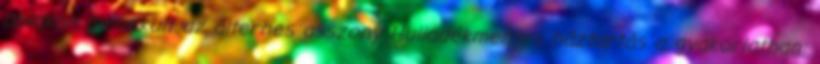
ablakon menekült az álterhes asszony Hulladékmentes háztartás a gyakorlatban: